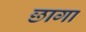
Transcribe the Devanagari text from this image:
छागा